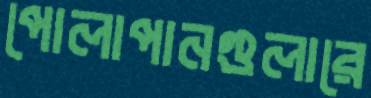
পোলাপানগুলারে